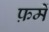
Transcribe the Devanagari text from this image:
फ़में